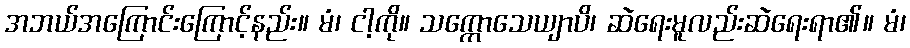
အဘယ်အကြောင်းကြောင့်နည်း။ မံ၊ ငါ့ကို။ သက္ကောသေယျာပိ၊ ဆဲရေးမူလည်းဆဲရေးရာ၏။ မံ၊